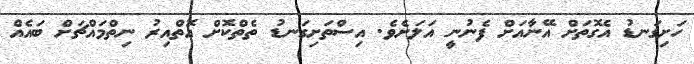
ހަށިގަނޑު އެގޮތަށް އޭނާއަށް ފެނުނީ އަލަށެވެ. އިސްތަށިގަނޑު ތެތްކޮށް އޮތްއިރު ނިތްމައްޗަށް ބައެއް